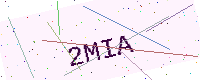
Text: 2MIA